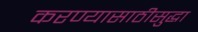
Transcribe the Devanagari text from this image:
करण्यासाठीसुद्धा